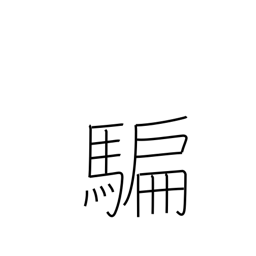
Meaning: deceive